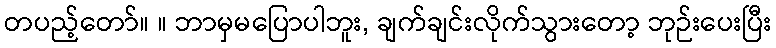
တပည့်တော်။ ။ ဘာမှမပြောပါဘူး, ချက်ချင်းလိုက်သွားတော့ ဘုဉ်းပေးပြီး